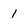
Character: 1